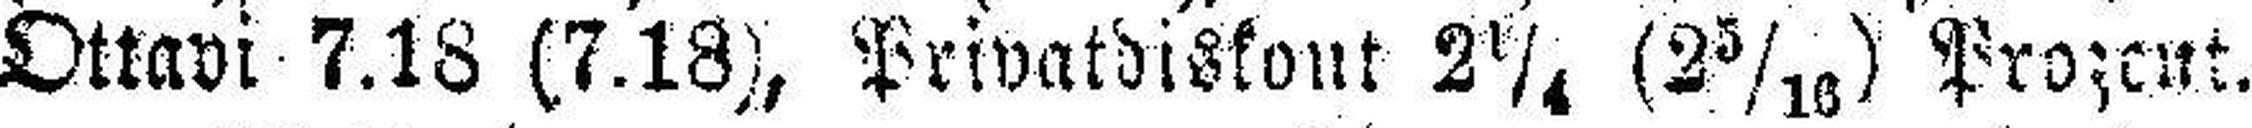
Ottavi 7.18 (7.18), Privatdikont 2¼ (2 3/16) Prozent.